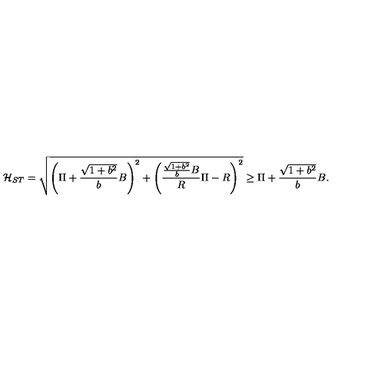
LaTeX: { \cal H } _ { S T } = \sqrt { \left( \Pi + \frac { \sqrt { 1 + b ^ { 2 } } } { b } B \right) ^ { 2 } + \left( \frac { \frac { \sqrt { 1 + b ^ { 2 } } } { b } B } { R } \Pi - R \right) ^ { 2 } } \geq \Pi + \frac { \sqrt { 1 + b ^ { 2 } } } { b } B .